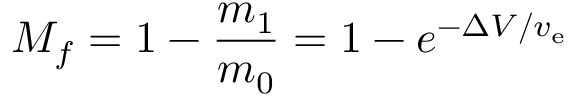
M _ { f } = 1 - { \frac { m _ { 1 } } { m _ { 0 } } } = 1 - e ^ { - \Delta V / v _ { \mathrm { e } } }